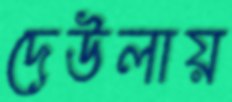
দেউলায়